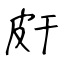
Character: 皯